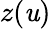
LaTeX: z(\mathit{u})